King Institute of Preventive Medicine Micro-Biological Section reports 1912-19
Year: 1912
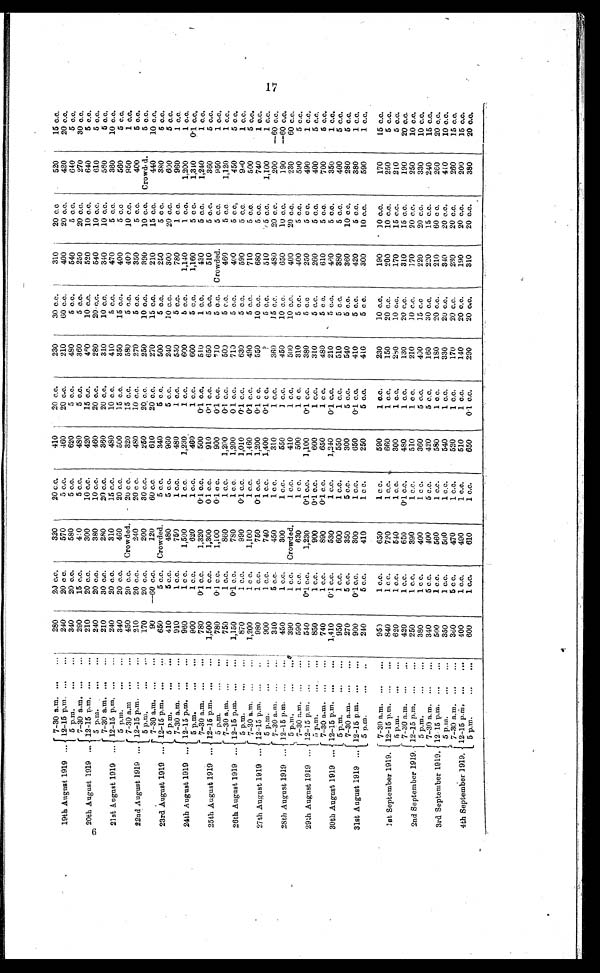
19th August 1919 ...
7-30 a.m. ...
280
2 0 c . c .
320
20 c.c.
410
20 c.c.
230
30 c.c.
310
20 c.c.
520
15 c.c.
12-15 p.m. ...
240
20 c.c.
570
5 c.c.
460
20 c.c.
210
60 c.c.
400
20 c.c.
420
20 c.c.
5 p.m.
...
...
340
20 c.c.
580
5 c.c.
620
5 c.c.
480
5 c.c.
540
5 c.c.
640
5 c.c.
20th August 1919 ...
7-30 a.m. ...
...
290
15 c.c.
410
5 c.c.
480
5 c.c.
360
5 c.c.
250
20 c.c.
270
30 c.c.
12-15 p.m. ...
...
210
20 c.c.
300
10 c.c.
420
15 c.c.
460
10 c.c.
520
10 c.c.
640
5 c.c.
5 p.m. ...
...
240
20 c.c.
380
10 c.c.
460
20 c.c.
280
20 c.c.
540
10 c.c.
610
5 c.c.
21st August 1919 ...
7-30 a.m. ...
...
210
30 c.c.
280
20 c.c.
360
20 c.c.
310
10 c.c.
340
10 c.c.
560
5 c.c.
12-15 p.m. ...
...
240
20 c.c.
310
15 c.c.
480
10 c.c.
410
5 c.c.
470
5 c.c.
360
10 c.c.
5 p.m.
...
...
340
20 c.c.
460
20 c.c.
500
15 c.c.
350
15 c.c.
400
5 c.c.
560
5 c.c.
22nd August 1919 ...
7-30 a.m. ... ...
450
20 c.c. Crowded.
20 c.c.
320
15 c.c.
580
5 c.c.
400
10 c.c.
950
1 c.c.
12-15 p.m. ...
...
210
20 c.c.
240
20 c.c.
480
10 c.c.
270
5 c.c.
350
5 c.c.
400
5 c.c.
5 p.m.
...
...
170
20 c.c.
200
30 c.c.
250
20 c.c.
250
10 c.c.
390
10 c.c.
Crowded.
5 c.c.
23rd August 1919 ...
7-30 a.m. ...
...
90
—60 c.c.
120
60 c.c.
610
20 c.c.
270
15 c.c.
210
15 c.c.
440
10 c.c.
12-15 p.m. ...
650
5 c.c. Crowded.
5 c.c.
340
5 c.c.
500
5 c.c.
250
5 c.c.
380
5 c.c.
5 p.m.
...
...
410
5 c.c.
480
5 c.c.
960
5 c.c.
240
10 c.c.
300
20 c.c.
600
5 c.c.
24th August 1919 ...
7-30 a.m.
...
...
910
1 c.c.
750
1 c.c.
480
1 c.c.
550
5 c.c.
780
1 c.c.
960
1 c.c.
12-15 p.m. ...
...
960
1 c.c.
1,500
1 c.c.
1,230
1 c.c.
600
5 c.c.
1,140
1 c.c.
1,200
1 c.c.
5 p.m.
...
900
1 c.c.
620
1 c.c.
460
1 c.c.
600
5 c.c.
1,160
5 c.c.
1,340
0.1 c.c.
25th August 1919 ...
7-30 a.m.
...
...
780
0.1 c.c.
1,320
0.1 c.c.
500
0.1 c.c.
510
1 c.c.
430
5 c.c.
1,240
1 c.c.
12-15 p.m. .... ...
1,500
1 c.c.
1,300
0.1 c.c.
910
0.1 c.c.
650
5 c.c.
510
5 c.c.
360
5 c.c.
5 p.m.
. . . . . .
780
0.1 c.c.
1,100
0.1 c.c.
900
0.1 c.c.
710
5 c.c.
Crowded.
5 c.c.
950
1 c.c.
26th August 1919 ...
7-30 a.m. ...
...
750
1 c.c.
860
1 c.c.
1,200
0.1 c.c.
503
5 c.c.
460
5 c.c
1,120
1 c.c.
12-15 p.m. ...
...
1,150
0.1 c.c.
780
1 c.c.
1,200
0.1 c.c.
710
5 c.c.
400
5 c.c.
450
5 c.c.
5 p.m.
...
...
870
1 c.c.
990
0.1 c.c.
1,010
0.1 c.c.
630
5 c.c.
590
5 c.c.
990
1 c.c.
27th August 1919 ...
7-30 a.m. . . . . . .
1,200
1 c.c.
1,100
1 c.c.
1,460
0.1 c.c.
490
5 c.c.
710
5 c.c.
500
5 c.c.
12- 15 p. m. . . .
. .
980
1 c.c.
750
0.1 c.c.
1,200
0.1 c.c.
550
10 c.c.
680
5 c.c.
740
1 c.c.
5 p.m.
. . . . . .
900
1 c.c.
740
1 c.c.
1,400
0.1 c.c.
?
5 c.c
510
5 c.c.
1,100
1 c.c.
28th August 1919 ...
7-30 a.m. ...
...
340
5 c.c.
450
1 c.c.
310
1 c.c.
360
15 c.c.
480
20 c.c.
200
—60 c.c.
12-15 p.m. ...
...
450
1 c.c.
300
1 c.c.
550
1 c.c.
450
10 c.c.
650
10 c.c.
190
—60 c.c.
5 p.m.
...
...
390
1 c.c.
Crowded.
1 c.c.
410
1 c.c.
500
10 c.c.
400
20 c.c.
230
60 c.c.
29th August 1919 ...
7-30 a.m
590
1 c.c.
630
1 c.c.
500
1 c.c.
310
5 c.c.
400
5 c.c.
590
5 c.c.
12-15 p.m. ...
...
540
0.1 c.c.
1,230
0.1 c.c.
1,100
0.1 c.c.
380
5 c.c.
250
5 c.c.
490
1 c.c.
5 p.m.
...
...
850
1 c.c.
900
0.1 c.c.
600
1 c.c.
310
5 c.c.
260
5 c.c.
400
5 c.c.
30th August 1919 ...
7-30 a.m.
...
...
740
1 c.c.
890
0.1 c.c.
650
1 c.c.
480
5 c.c.
610
5 c.c.
700
5 c.c.
12-15 p.m. ...
...
1,41.0
0.1 c.c.
530
1 c.c.
1,240
0.1 c.c.
210
5 c.c.
460
5 c.c.
350
1 c.c.
5 p.m.
...
...
950
1 c.c.
600
1 c.c.
550
1 c.c.
510
5 c.c.
380
5 c.c.
400
5 c.c.
31st August 1919 ...
7-30 a.m. ...
...
270
5 c.c.
350
5 c.c.
300
5 c.c.
540
5 c.c.
360
10 c.c.
280
5 c.c.
12-15 p.m. ...
...
900
0.1 c.c.
300
1 c.c.
650
0.1 c.c.
410
5 c.c.
420
5 c.c.
380
1 c.c.
5 p.m.
...
..
240
5 c.c.
410
1 c.c.
250
5 c.c.
410
5 c.c.
300
10 c.c.
590
1 c.c.
1 s t S e p t e m b e r 1 9 1 9 .
7-30 a.m. ...
...
950
1 c.c.
650
1 c.c.
590
1 c.c.
230
10 c.c.
190
10 c.c.
170
15 c.c.
12-15 p.m. ...
...
840
1 c.c.
720
1 c.c.
660
1 c.c.
150
20 c.c.
200
10 c.c.
250
5 c.c.
5 p.m.
...
...
620
1 c.c.
540
1 c.c.
300
1 c.c.
280
10 c.c.
170
15 c.c.
210
5 c.c.
2nd September 1919.
7-30 a.m.
...
...
420
1 c.c.
650
0.1 c.c.
480
1 c.c.
130
20 c.c.
310
15 c.c.
190
20 c.c.
12-15 p.m. ...
...
250
1 c.c.
390
1 c.c.
510
1 c.c.
210
10 c.c.
170
20 c.c.
250
10 c.c.
5 p.m.
...
...
380
1 c.c.
400
1 c.c.
360
5 c.c.
400
15 c.c
220
20 c.c.
330
10 c.c.
3rd September 1919.
7-30 a.m. ...
...
340
5 c.c.
400
5 c.c.
420
5 c.c.
160
30 c.c.
220
15 c.c.
240
15 c.c.
12-15 p.m.
...
...
500
1 c.c.
560
1 c.c.
580
1 c.c.
180
20 c.c.
210
60 c.c.
260
20 c.c.
5 p.m.
...
...
350
1 c.c.
500
1 c.c.
540
1 c.c.
330
20 c.c.
340
20 c.c.
410
10 c.c.
4 t h S e p t e m b e r 1 9 1 9 .
7-30 a.m. ...
...
360
5 c.c.
470
1 c.c.
520
1 c.c.
170
20 c.c.
230
20 c.c.
260
15 c.c.
12-15 p.m. ...
...
400
1 c.c.
490
1 c.c.
510
1 c.c.
140
20 c.c.
190
20 c.c.
200
15 c.c.
5 p.m.
...
...
600
1 c.c.
610
1 c.c.
650
0.1 c.c.
290
20 c.c.
310
20 c.c.
380
20 c.c.